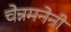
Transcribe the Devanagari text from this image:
चेन्नमनेनी